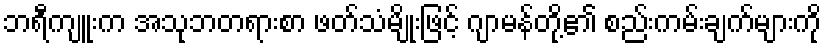
ဘရီကျူးက အသုဘတရားစာ ဖတ်သံမျိုးဖြင့် ဂျာမန်တို့၏ စည်းကမ်းချက်များကို